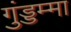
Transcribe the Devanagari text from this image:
गुंड्डम्मा